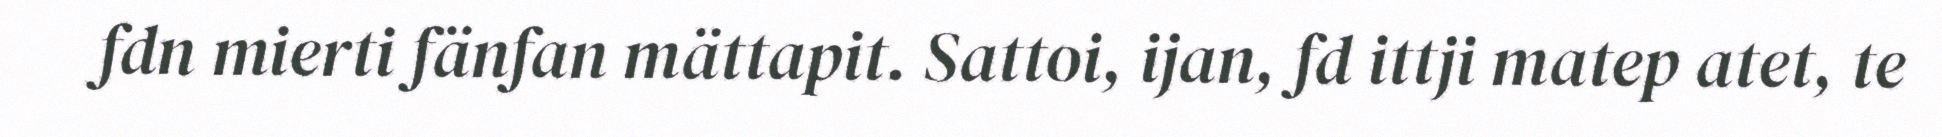
fdn mierti fänfan mättapit. Sattoi, ijan, fd ittji matep atet, te